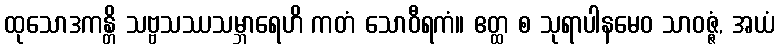
ထုသောဒကန္တိ သဗ္ဗသဿသမ္ဘာရေဟိ ကတံ သောဝီရကံ။ ဧတ္ထ စ သုရာပါနမေဝ သာဝဇ္ဇံ, အယံ